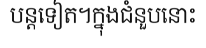
បន្តទៀត។ក្នុងជំនួបនោះ